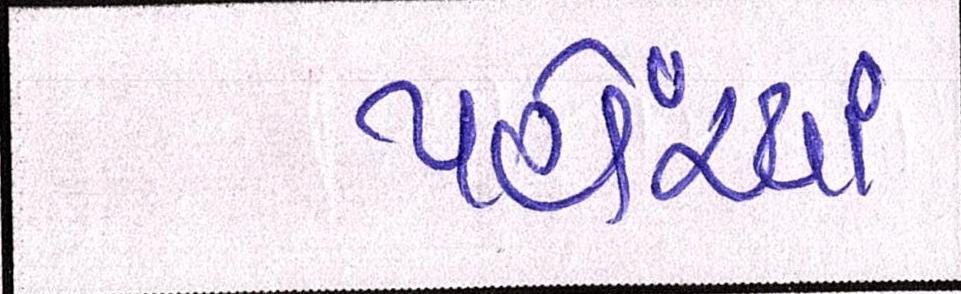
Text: પહોંચ્યાં